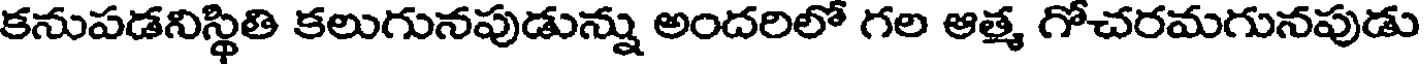
కనుపడనిస్థితి కలుగునపుడున్ను అందరిలో గల ఆత్మ గోచరమగునపుడు